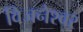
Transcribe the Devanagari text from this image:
विजनेश्वर